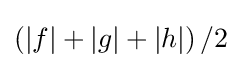
\left(|f|+|g|+|h|\right)/2